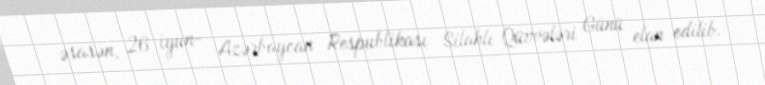
əsasən, 26 iyun- Azərbaycan Respublikası Silahlı Qüvvələri Günü elan edilib.